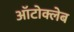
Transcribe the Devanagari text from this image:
ऑटोक्लेब